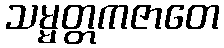
သမ္မတ္တကဇာတေ